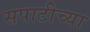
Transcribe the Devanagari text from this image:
सपाटीच्या